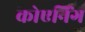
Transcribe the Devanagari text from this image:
कोएनिंग